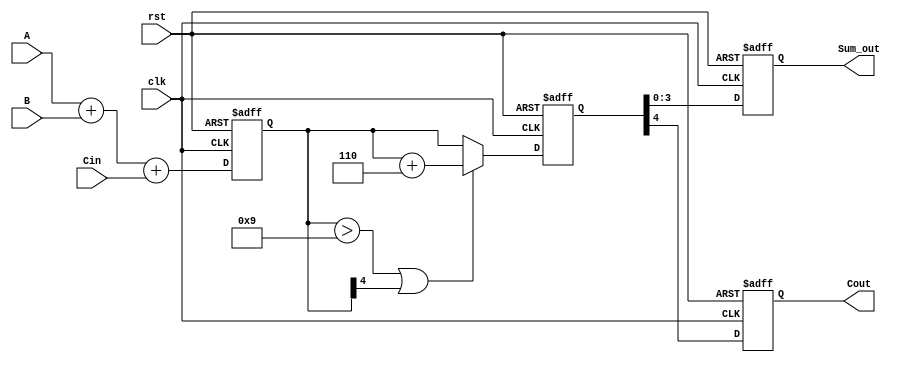
module BCD_Pipelined_Adder (
    input  wire [3:0] A,      // First BCD input
    input  wire [3:0] B,      // Second BCD input
    input  wire Cin,           // Carry input
    input  wire clk,           // Clock signal
    input  wire rst,           // Reset signal
    output reg [3:0] Sum_out,  // Corrected BCD output
    output reg Cout            // Carry output
);

// Intermediate signals
reg [4:0] sum_stage1;         // Sum from stage 1 (5 bits)
reg [4:0] corrected_sum;      // Sum after correction
reg correction_needed;         // Flag for correction

// Stage 1: BCD Addition
always @(posedge clk or posedge rst) begin
    if (rst) begin
        sum_stage1 <= 5'b0;
    end else begin
        sum_stage1 <= A + B + Cin; // Add BCD inputs and carry
    end
end

// Stage 2: BCD Correction Logic
always @(posedge clk or posedge rst) begin
    if (rst) begin
        corrected_sum <= 5'b0;
        correction_needed <= 1'b0;
    end else begin
        // Check for correction condition
        if (sum_stage1 > 5'b01001 || sum_stage1[4]) begin
            correction_needed <= 1'b1;
            corrected_sum <= sum_stage1 + 5'b00110; // Add 6 for correction
        end else begin
            correction_needed <= 1'b0;
            corrected_sum <= sum_stage1; // No correction needed
        end
    end
end

// Output stage
always @(posedge clk or posedge rst) begin
    if (rst) begin
        Sum_out <= 4'b0;
        Cout <= 1'b0;
    end else begin
        Sum_out <= corrected_sum[3:0]; // Take the lower 4 bits as output
        Cout <= corrected_sum[4];       // Carry out (5th bit)
    end
end

endmodule